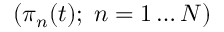
( \pi _ { n } ( t ) ; \; n = 1 \ldots N )